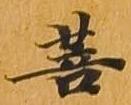
菩